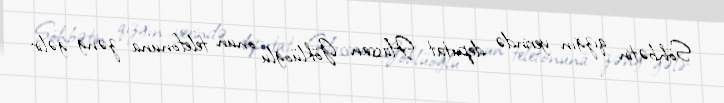
Söhbətin qızğın yerində deputat Hassan Göklüoğlu onun telefonuna zəng gəlir: